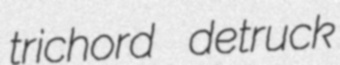
trichord detruck